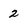
Character: 2